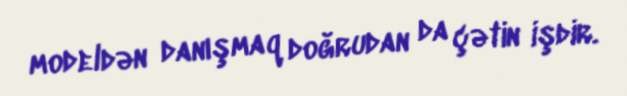
modeldən danışmaq doğrudan da çətin işdir.